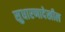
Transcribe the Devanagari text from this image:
सुधारणादेखील